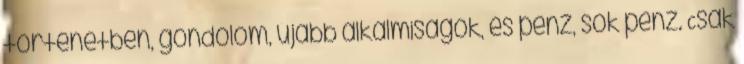
történetben, gondolom, újabb alkalmiságok, és pénz, sok pénz. Csak